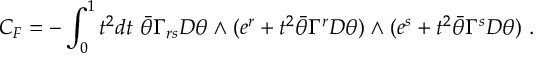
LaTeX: C _ { F } = - \int _ { 0 } ^ { 1 } t ^ { 2 } d t ~ { \bar { \theta } } \Gamma _ { r s } D \theta \wedge ( e ^ { r } + t ^ { 2 } \bar { \theta } \Gamma ^ { r } D \theta ) \wedge ( e ^ { s } + t ^ { 2 } \bar { \theta } \Gamma ^ { s } D \theta ) \ .